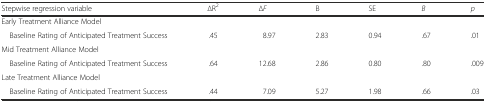
<table><thead><tr><td><b>Stepwise regression variable</b></td><td><b>∆R<sup>2</sup></b></td><td><b>∆<i>F</i></b></td><td><b>B</b></td><td><b>SE</b></td><td><b><i>Β</i></b></td><td><b><i>p</i></b></td></tr></thead><tbody><tr><td colspan="7">Early Treatment Alliance Model</td></tr><tr><td> Baseline Rating of Anticipated Treatment Success</td><td>.45</td><td>8.97</td><td>2.83</td><td>0.94</td><td>.67</td><td>.01</td></tr><tr><td colspan="7">Mid Treatment Alliance Model</td></tr><tr><td> Baseline Rating of Anticipated Treatment Success</td><td>.64</td><td>12.68</td><td>2.86</td><td>0.80</td><td>.80</td><td>.009</td></tr><tr><td colspan="7">Late Treatment Alliance Model</td></tr><tr><td> Baseline Rating of Anticipated Treatment Success</td><td>.44</td><td>7.09</td><td>5.27</td><td>1.98</td><td>.66</td><td>.03</td></tr></tbody></table>